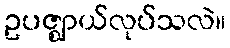
ဥပဇ္ဈာယ်လုပ်သလဲ။